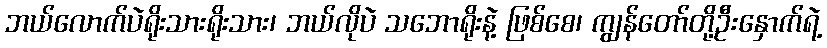
ဘယ်လောက်ပဲရိုးသားရိုးသား၊ ဘယ်လိုပဲ သဘောရိုးနဲ့ ဖြစ်စေ၊ ကျွန်တော်တို့ဦးနှောက်ရဲ့